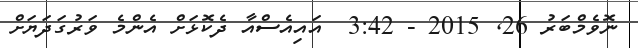
ނޮވެމްބަރު 26